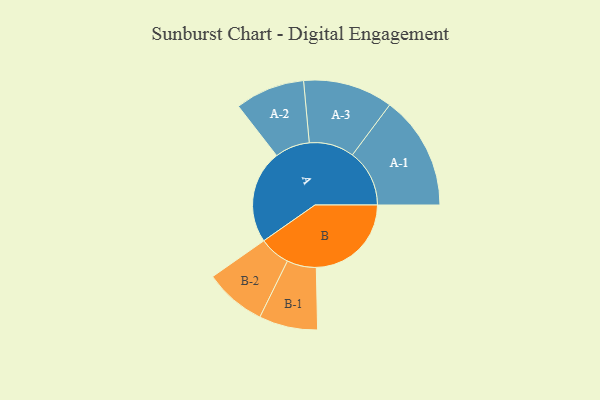
{"axis": {"x": "Segment", "y": "Value"}, "legend": ["", "A", "B"], "data": [{"x": "A", "y": 471, "type": ""}, {"x": "B", "y": 480, "type": ""}, {"x": "A-1", "y": 288, "type": "A"}, {"x": "A-2", "y": 176, "type": "A"}, {"x": "A-3", "y": 227, "type": "A"}, {"x": "B-1", "y": 148, "type": "B"}, {"x": "B-2", "y": 156, "type": "B"}]}